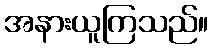
အနားယူကြသည်။